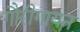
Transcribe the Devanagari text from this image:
गौरीगायन